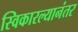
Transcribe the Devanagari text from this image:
स्विकारल्यानंतर